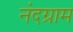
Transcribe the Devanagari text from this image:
नंदग्राम